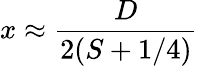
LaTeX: x\approx\frac{D}{2(S+1/4)}